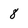
Character: 8